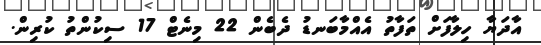
އާދަޔާ ހިލާފަށް ތަފާތު އެއްމާބަނޑު ދެބެން 22 މިނެޓް 17 ސިކުންތު ކުރިން.